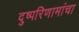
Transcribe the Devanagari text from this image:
दुष्परिणामांचा